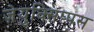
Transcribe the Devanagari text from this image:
ज़ेयुक्सिप्पस